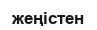
жеңістен